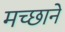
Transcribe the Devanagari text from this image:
मच्छाने